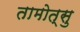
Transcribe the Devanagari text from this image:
तामोत्सु